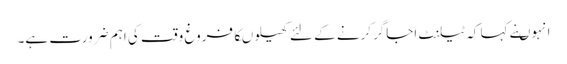
انہوںنے کہا کہ ٹیلنٹ اجاگرکرنے کے لئے کھیلوںکافروغ وقت کی اہم ضرورت ہے۔